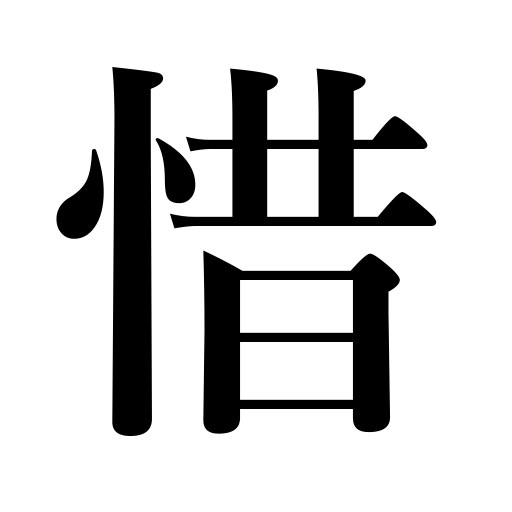
Meanings: pitiful,disappointing,precious,regret,be reluctant,be sparing of,regrettable,wasteful,be frugal with,value,prize,be stingy with